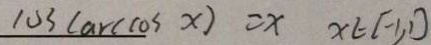
1 0 3 ( \arccos x ) = x x \in [ - 1 , 1 ]